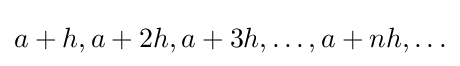
a+h,a+2h,a+3h,\ldots ,a+nh,\ldots